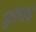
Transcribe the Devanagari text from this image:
घुतल्याने